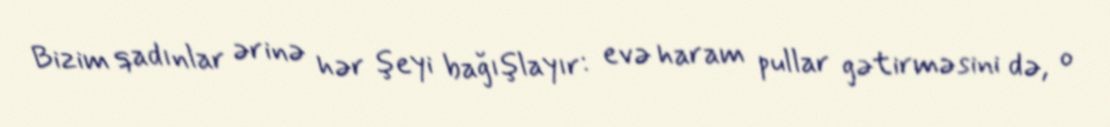
Bizim qadınlar ərinə hər şeyi bağışlayır: evə haram pullar gətirməsini də, o